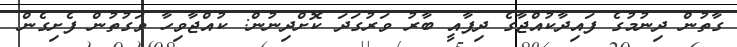
ގާތުން ދިނުމުގެ ފައިދާކުއްޖާގެ ދިފާއީ ބާރު ވަރުގަދަ ކޮށްދިނުން: ކުއްޖާވިހާ ވަގުތުން ފެށިގެން